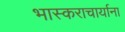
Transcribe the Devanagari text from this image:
भास्कराचार्याना